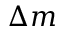
\Delta m